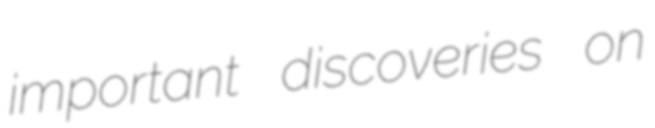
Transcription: important discoveries on